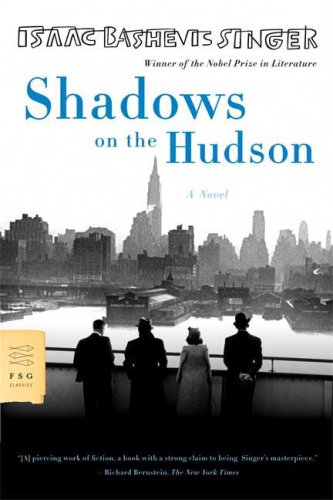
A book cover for Shadows on the Hudson: A Novel (FSG Classics); Isaac Bashevis Singer; Science Fiction & Fantasy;